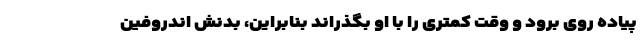
پیاده روی برود و وقت کمتری را با او بگذراند بنابراین، بدنش اندروفین